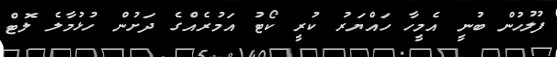
ފުލުހުން ބުނީ އެމީހާ ހައްޔަރު ކުރީ ކޯޓު އަމުރެއްގެ ދަށުން ހުޅުމާލެ ލޮޓް